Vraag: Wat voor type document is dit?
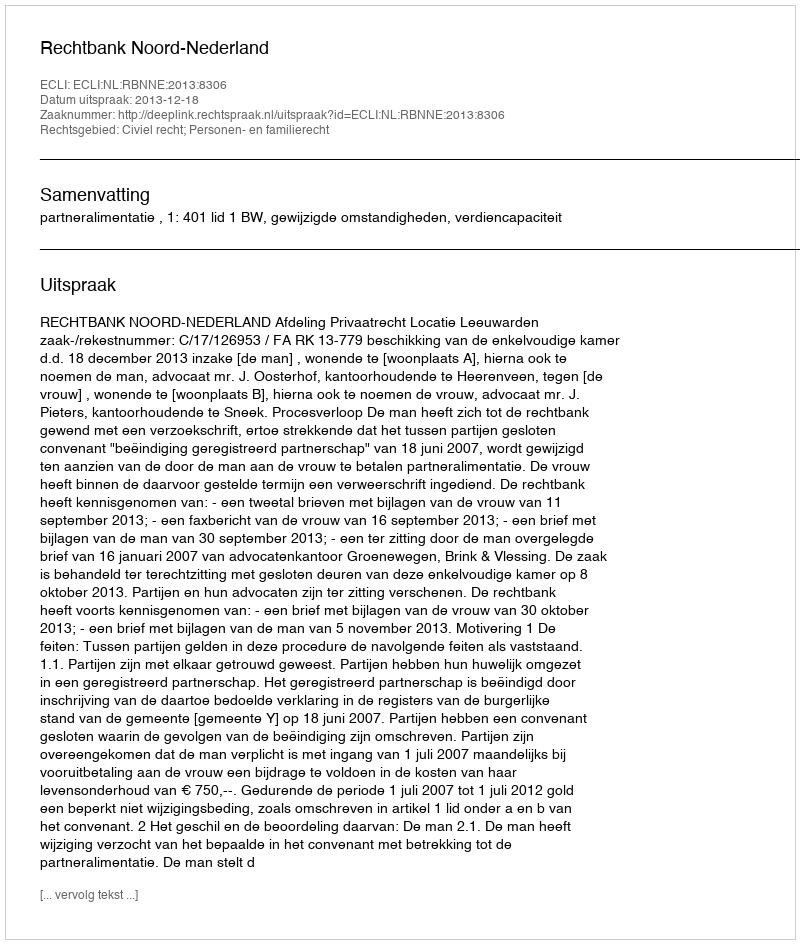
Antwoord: Uitspraak